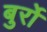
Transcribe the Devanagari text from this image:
बुर्रो